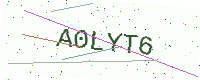
Text: A0LYT6